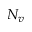
N _ { v }